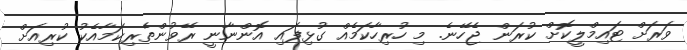
ވަރަށް ޓައިމްލީކޮށް ކުރަން ޖެހޭނެ. މި ހުރިހާކަމެއް ގުޅިފައި އޮންނާނީ ރޭވުންތެރިކަމާއެކު ކުރިއަށް